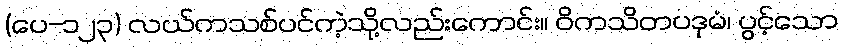
(ပေ-၁၂၃) လယ်ကသစ်ပင်ကဲ့သို့လည်းကောင်း။ ဝိကသိတပဒုမံ၊ ပွင့်သော